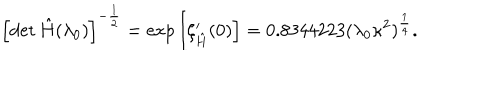
\left[ \det \hat { H } ( \lambda _ { 0 } ) \right] ^ { - \frac { 1 } { 2 } } = \mathrm { e x p } \left[ \zeta _ { \hat { H } } ^ { \prime } ( 0 ) \right] = 0 . 8 3 4 4 2 2 3 ( \lambda _ { 0 } \kappa ^ { 2 } ) ^ { \frac { 1 } { 4 } } .